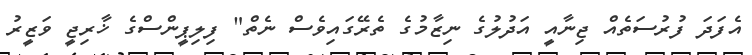
އެފަދަ ފުރުސަތެއް ޖިނާއީ އަދުލުގެ ނިޒާމުގެ ތެރޭގައިވެސް ނެތް" ފިލިޕީންސްގެ ޚާރިޖީ ވަޒީރު